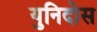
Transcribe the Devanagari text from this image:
युनिदोस